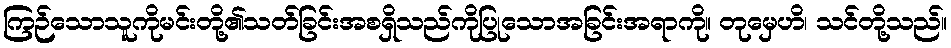
ကြဉ်သောသူကိုမင်းတို့၏သတ်ခြင်းအစရှိသည်ကိုပြုသောအခြင်းအရာကို။ တုမှေဟိ၊ သင်တို့သည်။